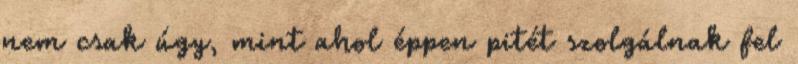
nem csak úgy, mint ahol éppen pitét szolgálnak fel